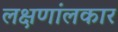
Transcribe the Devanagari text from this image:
लक्षणांलकार